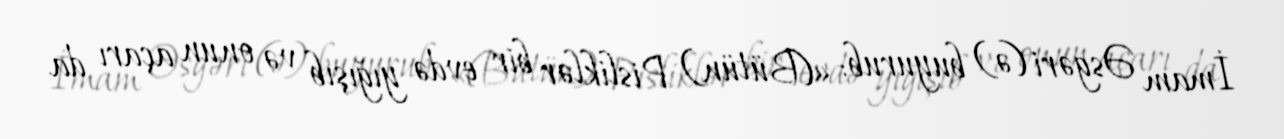
İmam Əsgəri (ə) buyurub: «(Bütün) Pisliklər bir evdə yığışıb və onun açarı da